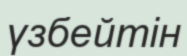
үзбейтін